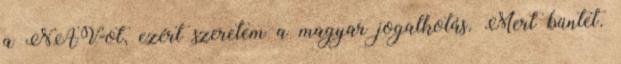
a NAV-ot, ezért szeretem a magyar jogalkotás. Mert büntet.